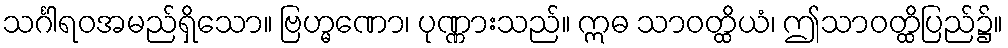
သင်္ဂါရဝအမည်ရှိသော။ ဗြဟ္မဏော၊ ပုဏ္ဏားသည်။ ဣဓ သာဝတ္ထိယံ၊ ဤသာဝတ္ထိပြည်၌။